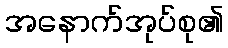
အနောက်အုပ်စု၏